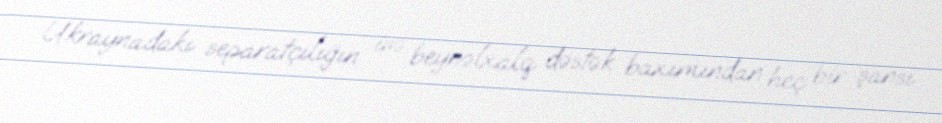
Ukraynadakı separatçılığın isə beynəlxalq dəstək baxımından heç bir şansı